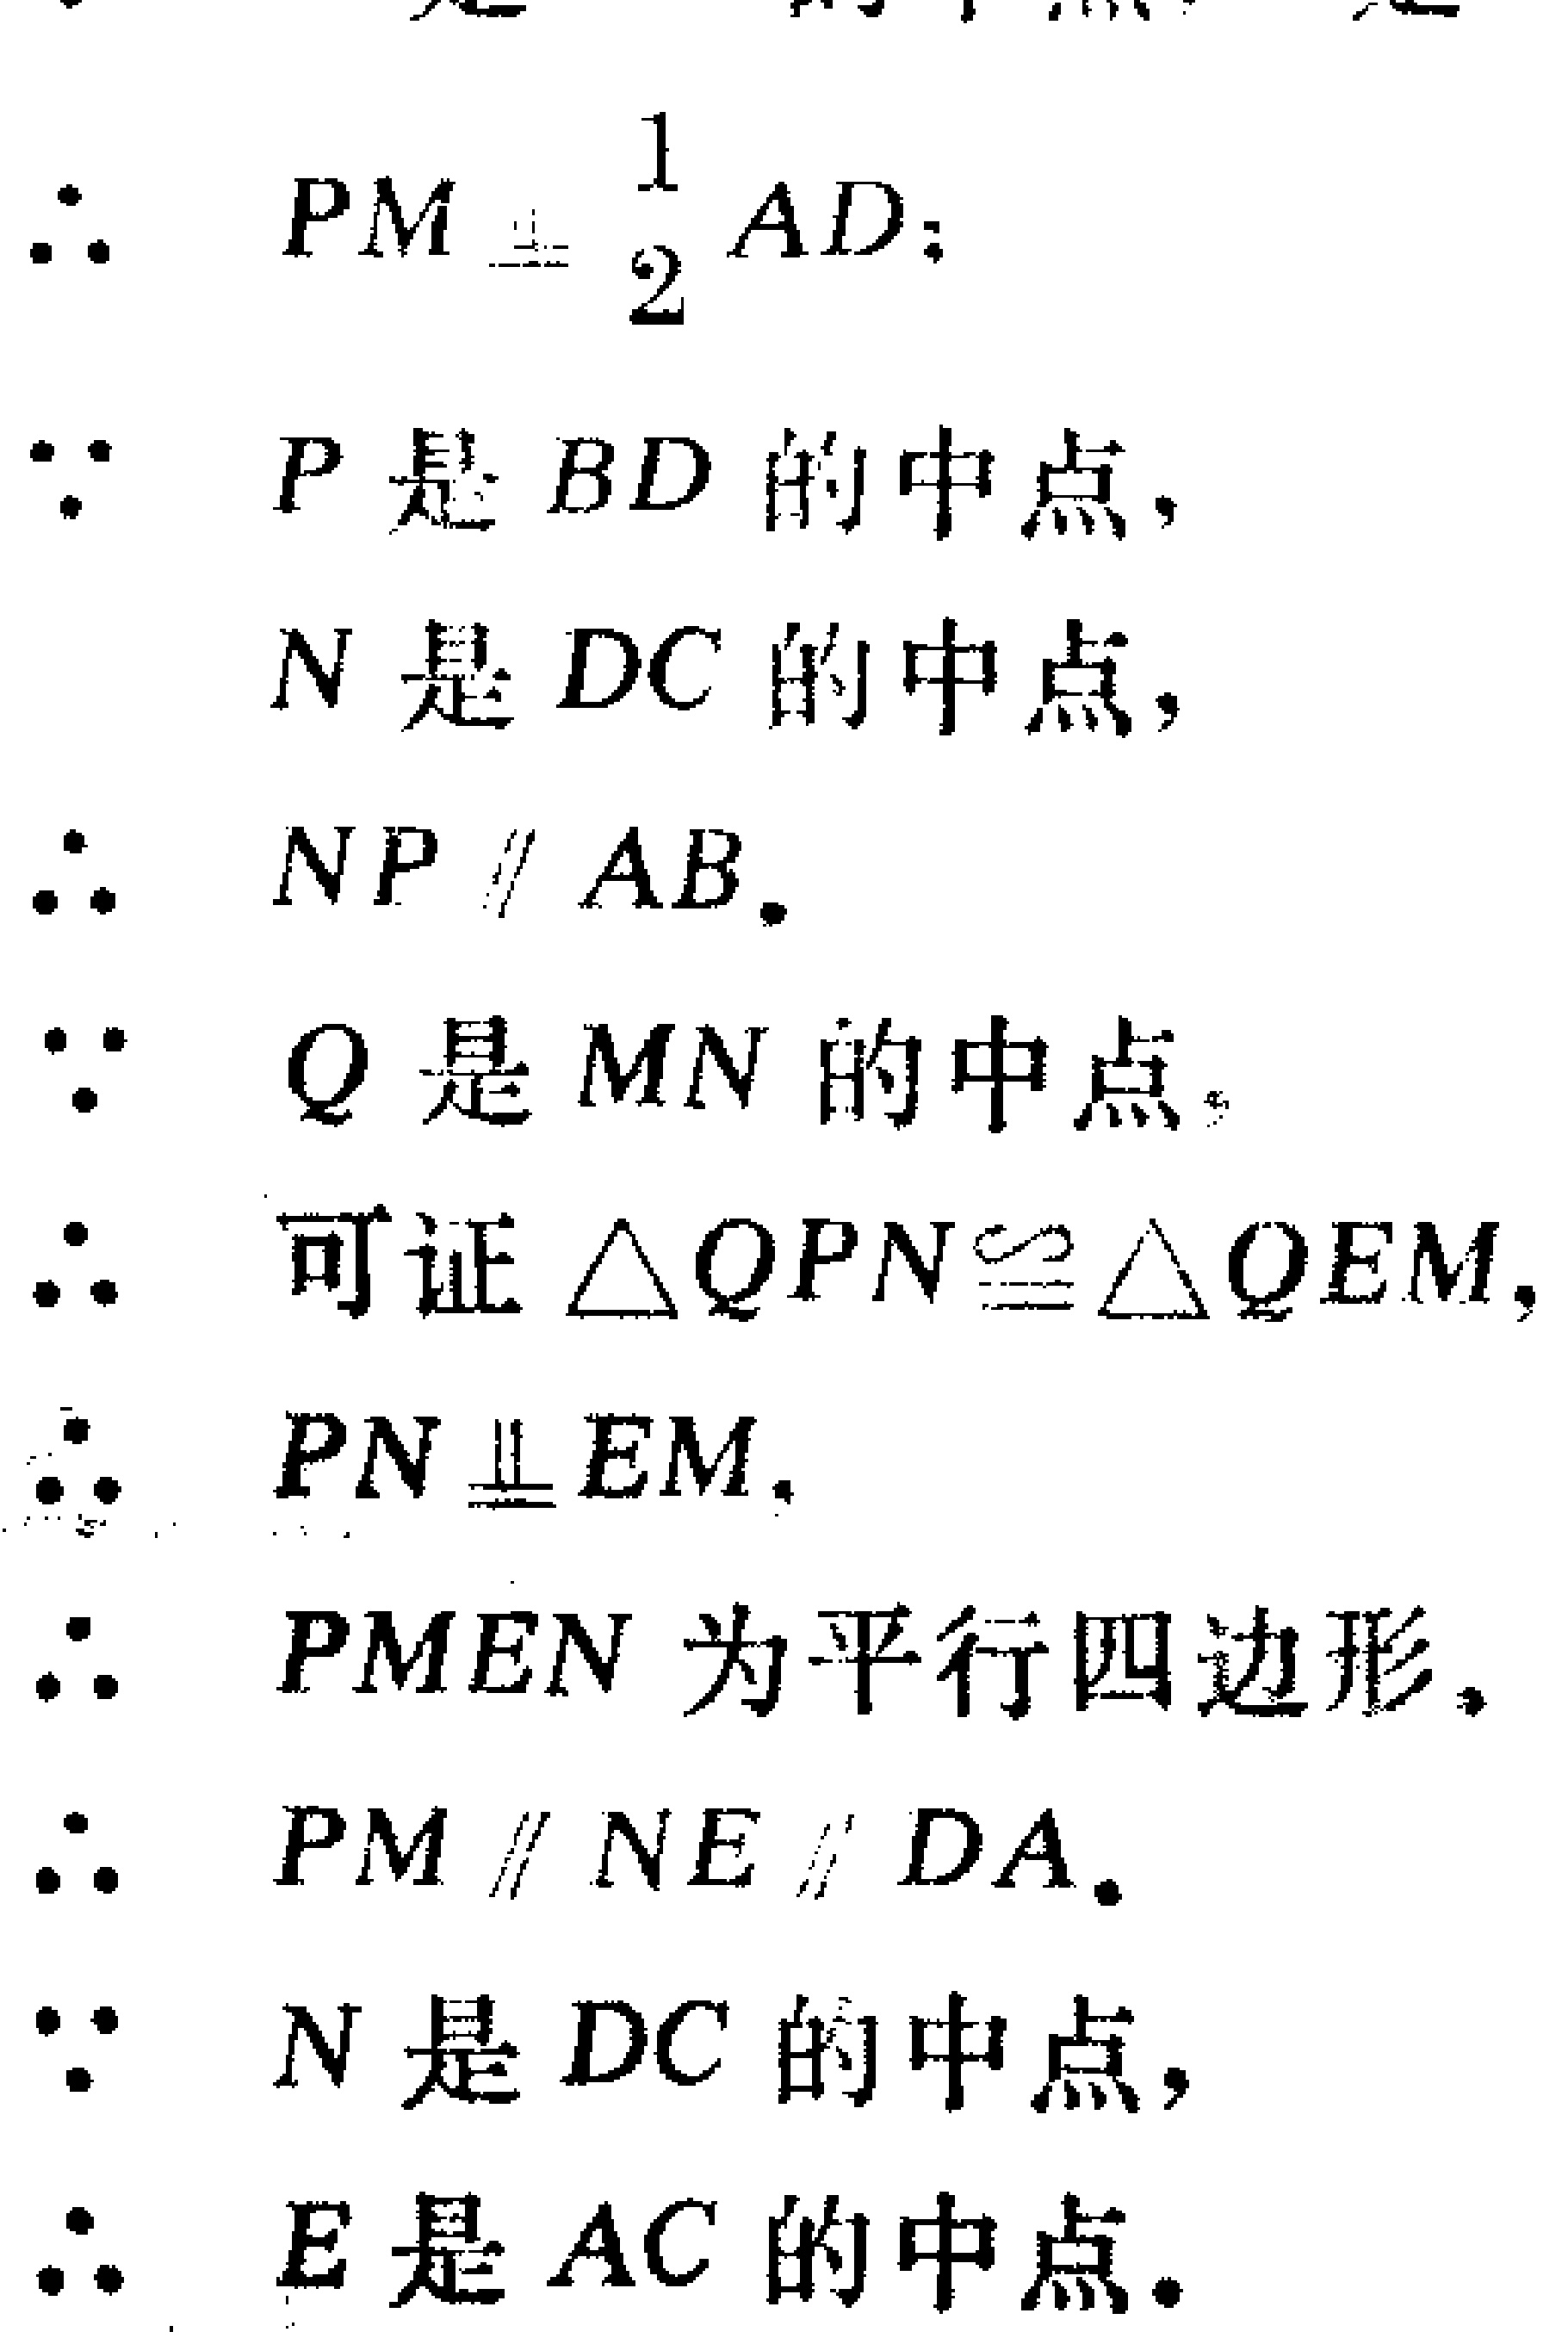
\begin{align*}

&\therefore PM = \frac{1}{2}AD;\\

&\because P\text{ 是 }BD\text{ 的中点,}\\

&N\text{ 是 }DC\text{ 的中点,}\\

&\therefore NP\parallel AB.\\

&\because Q\text{ 是 }MN\text{ 的中点.}\\

&\therefore \text{可证 }\triangle QPN\cong\triangle QEM,\\

&\therefore PN = EM.\\

&\therefore PMEN\text{ 为平行四边形,}\\

&\therefore PM\parallel NE\parallel DA.\\

&\because N\text{ 是 }DC\text{ 的中点,}\\

&\therefore E\text{ 是 }AC\text{ 的中点.}

\end{align*}